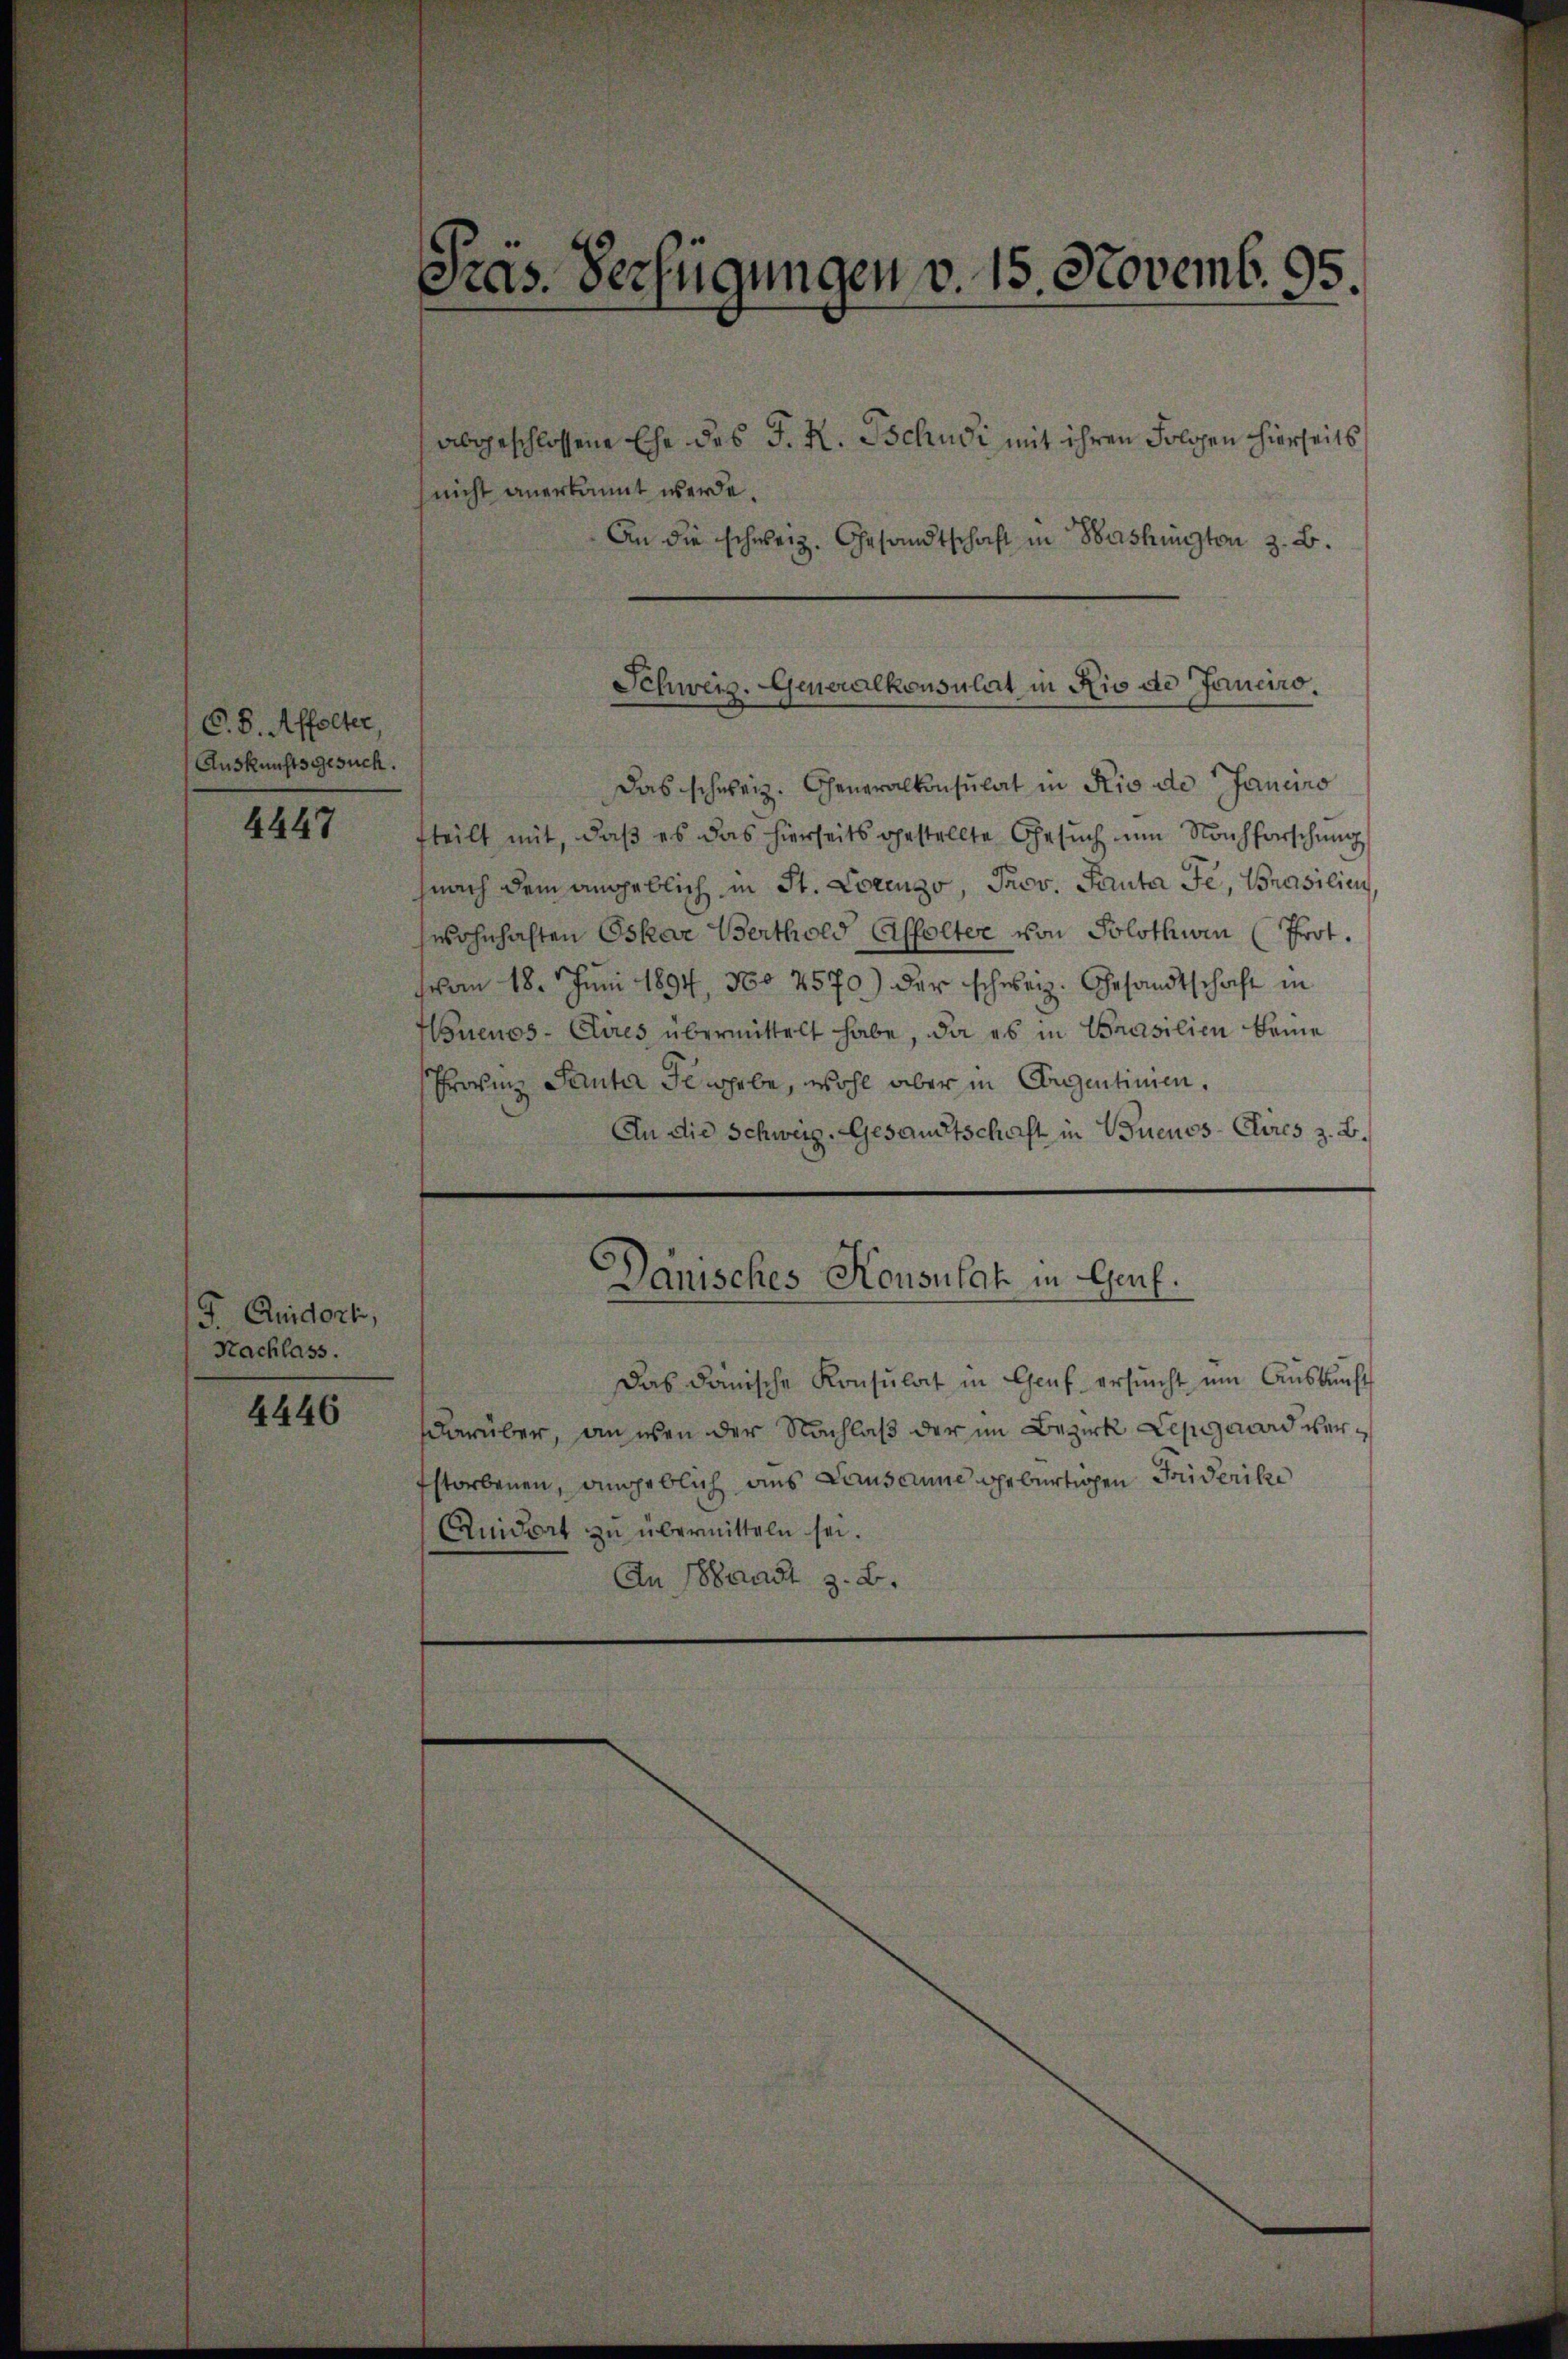
C. S. Affolter
Auskunftsgesuch.

4447

J. Quidork,
Nachlass.

4446

Pras. Verfügungen v. 15. Novemb. 95.

abgeschlossene Ehe des J. H. Tschudi mit ihren Folgen hierseits
nicht anerkannt werde
An die schweiz. Gesandtschaft in Washington z. B.
Das schweiz. Generalkonsulat in Rio de Janciro
fteilt mit, daß es das hierseits gestellte Gesuch nun Nachforschung
nach dem angeblich in St. Lorenzo, Prov. Panta Fe, Prasilien,
wohnhaften Oskar Berthold Affolter von Solothwen (Prot.
von 18. Juni 1894, No 2570) der schweiz. Gesandtschaft in
Buenos-Ayres übermittelt habe, da es in Prasilien keine
Provinz Santa dergebe, wohl aber in Gegentimen.
An die Schweiz. Gesandtschaft in Buenos-Chres z. B.
Dauisches Konsulat in Genf.
Das danische Konsulat in Genf ersŭcht ŭm Aŭskŭnft
darüber, an eben der Nachlaß der im Bezirk Lepyard verstorbenen, angeblich aus Lausanne gebürtigen Friderike
Quidert zu übermitteln sei.
An Strast z. B.

Schweiz. Generalkonsulat in Rio de Janciro.